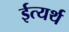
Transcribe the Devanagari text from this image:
ईत्यर्थ